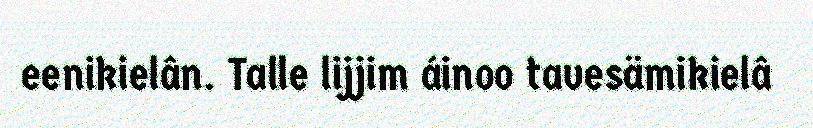
eenikielân. Talle lijjim áinoo tavesämikielâ